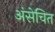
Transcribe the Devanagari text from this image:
अंसेचित